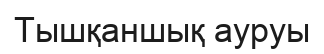
Тышқаншық ауруы